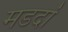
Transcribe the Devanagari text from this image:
मडदां